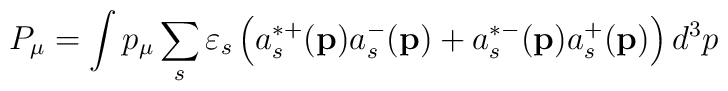
P_\mu =\int p_\mu \sum_s\varepsilon _s\left(a_s^{*+}(\mathbf{p})a_s^{-}(\mathbf{p})+a_s^{*-}(\mathbf{p})a_s^{+}(\mathbf{p})\right) d^3p